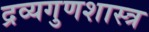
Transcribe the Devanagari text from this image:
द्रव्यगुणशास्त्र